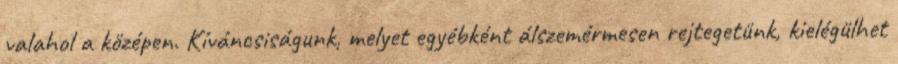
valahol a középen. Kíváncsiságunk, melyet egyébként álszemérmesen rejtegetünk, kielégülhet